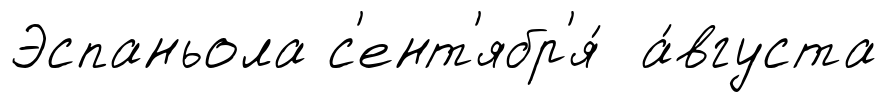
Эспаньола с'ент'ябр'я́ а́вгуста